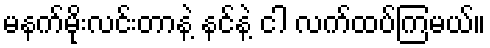
မနက်မိုးလင်းတာနဲ့ နင်နဲ့ ငါ လက်ထပ်ကြမယ်။